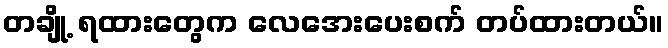
တချို့ ရထားတွေက လေအေးပေးစက် တပ်ထားတယ်။